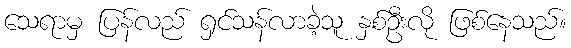
သေရာမှ ပြန်လည် ရှင်သန်လာခဲ့သူ နှစ်ဦးလို ဖြစ်နေသည်။